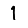
Digit: 1